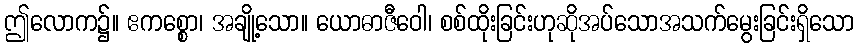
ဤလောက၌။ ဧကစ္စော၊ အချို့သော။ ယောဓာဇီဝေါ၊ စစ်ထိုးခြင်းဟုဆိုအပ်သောအသက်မွေးခြင်းရှိသော